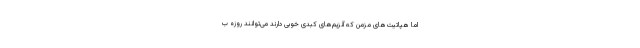
اما هپاتیت‌های مزمن که آنزیم‌های کبدی خوبی دارند می‌توانند روزه ب